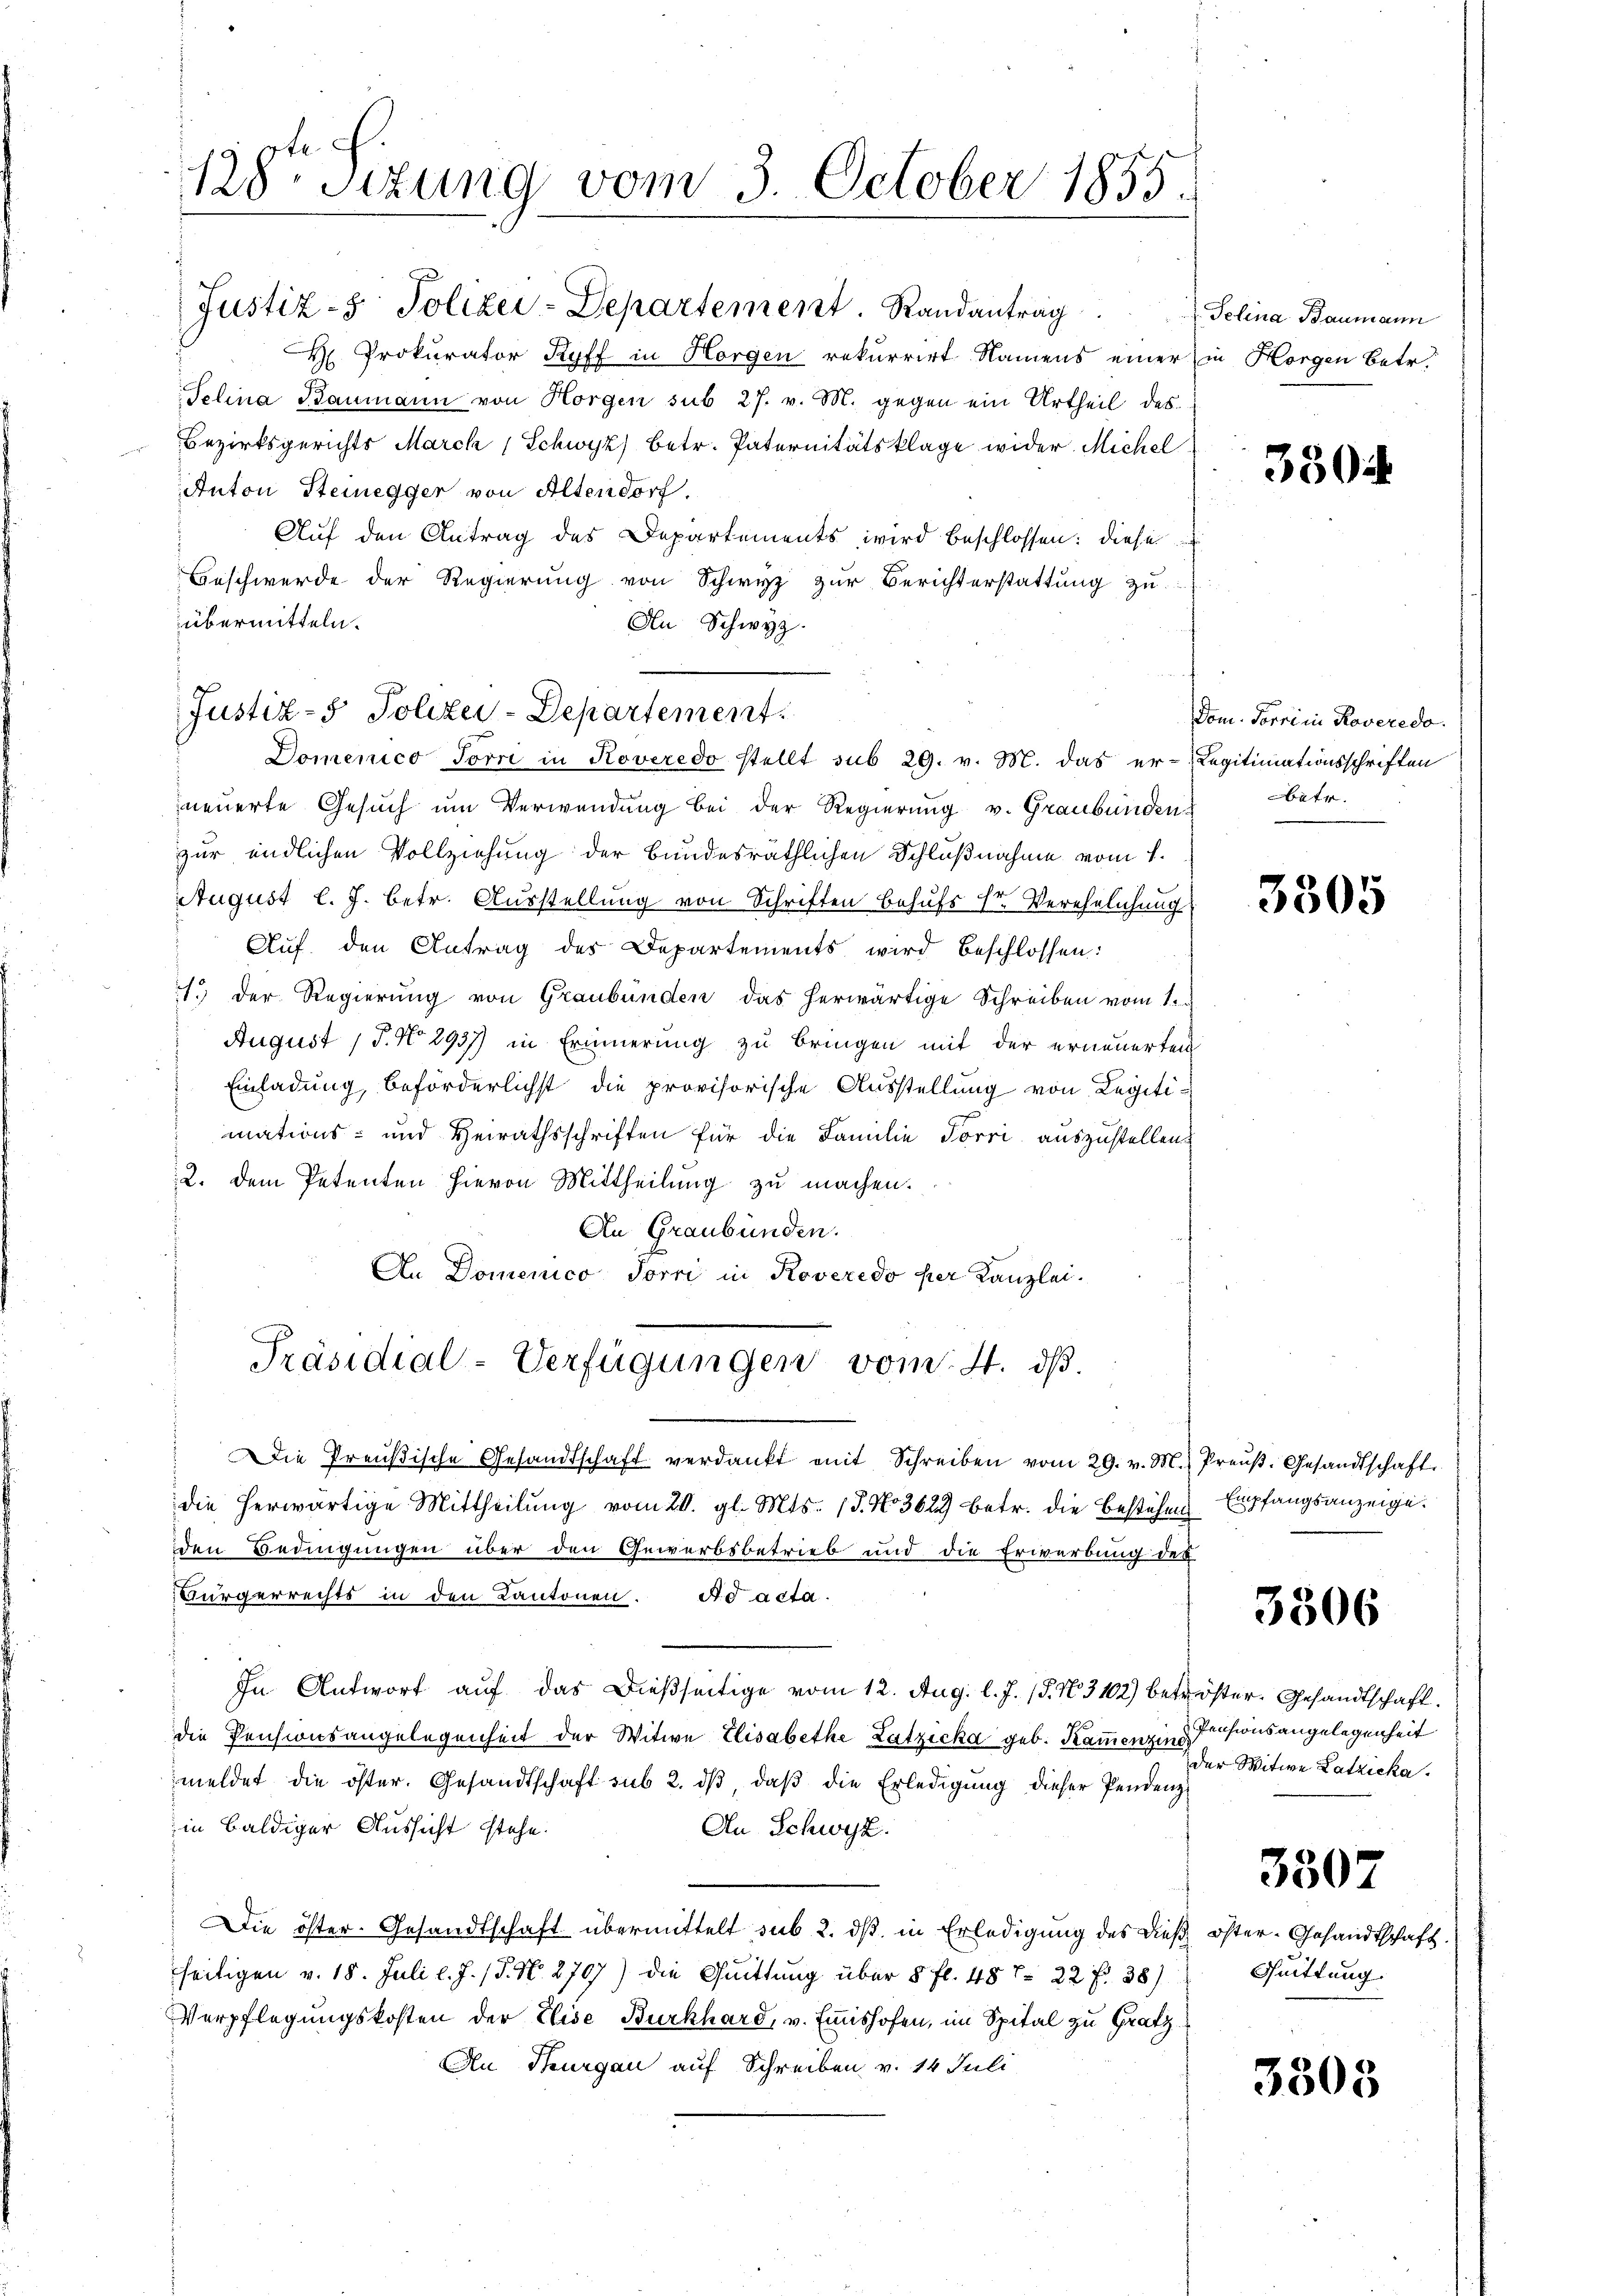
128te Sitzung vom 3. October 1855.

Justiz- & Polizei-Departement. Randantrag
H Prokurator Ryff in Horgen rekurrirt Namens einer in Horgen Betr.
Telina Baumann von Horgen sub 27. v. M. gegen ein Urtheil des
Bezirksgerichts March Schwyz) betr. Paternitätsklage wider Michel
Anton Steinegger von Altendorf.
Auf den Antrag des Departements wird beschlossen: diese
Beschwerde der Regierŭng von Schwyz zŭr Berichterstattŭng zŭ
übermitteln.
An Schwyz.
neŭerte Gesŭch ŭm Verwendŭng bei der Regierŭng v. Graubünden betr.
zur endlichen Vollziehung der bundesräthlichen Schlußnahme vom 1.
August l. J. betr. Ausstellung von Schriften Behufs Hr. Verehelichung
Aŭf den Antrag des Departements wird beschlossen:
1.) Der Regierung von Graubünden das herwärtige Schreiben vom 1.
August (T. No 2937) in Erinnerung zu bringen mit der erneuerten
Einladung, beförderlichst die provisorische Ausstellung von Legitimations- und Heirathsschriften für die Familie Förri auszustellen
2. dem Petenten hievon Mittheilung zu machen.
An Graubünden.
An Domenico Jorri in Roveredo per Kanzlei.
Präsidial-Verfügungen vom 4. dß.
" Die Preußische Gesandtschaft verdankt mit Schreiben vom 29. v. M. Preŭβ- Gesandtschaft.
die herwärtige Mittheilung vom 20. gl. Mts. 13. No 3629 betr. die Bestehen
den Bedingungen über den Gewerbsbetrieb und die Erwerbung des
Bürgerrechts in den Kantonen. Ad acta.
In Antwort auf das dießseitige vom 12. Aug. l. J. 15. No. 3102) betröster. Gesandtschaft.
die Pensionsangelegenheit der Witwe Elisabethe Latzicka geb. Kammenzins Pensionsangelegenheit
meldet die öster. Gesandtschaft sub 2. dβ, daβ die Erledigung dieser Pendenz
in baldiger Aussicht stehe.
An Schwyz.
Die öster. Gesandtschaft übermittelt sub 2. dß in Erledigung des dieß
seitigen v. 18. Juli l. J. (T. N. 270) die Quittung über 8 fl. 48 f. 22 f. 38)
Verpflegungskosten der Elise Burkhard, v. Emishofen, im Spital zu Gratz
An Thurgau auf Schreiben v. 14 Juli

Justiz- & Polizei-Departement.
Domenico Jorri in Roveredo stellt sub 29. v. M. das er-Legitimationsschriften

Telina Baumann

330

Com. Forren Roveredo

3305

Empfangsanzeige.

3306

der Witwe Latzicka

3507

3305

öfter Gesandtschaft.
Quittung.